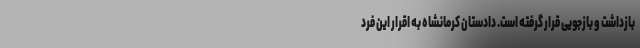
بازداشت و بازجویی قرار گرفته است. دادستان کرمانشاه به اقرار این فرد